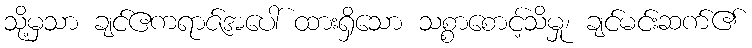
သို့မှသာ ချင်ဧကရာဇ်အပေါ် ထားရှိသော သစ္စာစောင့်သိမှု၊ ချင်မင်းဆက်၏